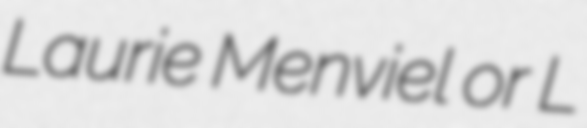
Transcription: Laurie Menviel or L